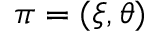
{ \boldsymbol \pi } = ( { \boldsymbol \xi } , { \boldsymbol \theta } )